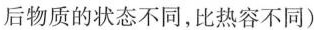
后物质的状态不同，比热容不同)